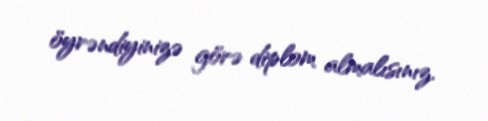
öyrəndiyinizə görə diplom almalısınız.